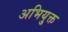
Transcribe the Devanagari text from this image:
अभियु्क्त